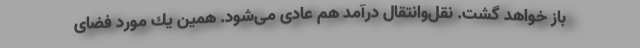
باز خواهد گشت. نقل‌و‌انتقال درآمد هم عادی می‌شود. همین یك مورد فضای